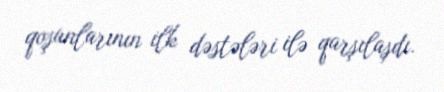
qoşunlarının ilk dəstələri ilə qarşılaşdı.